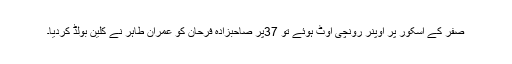
صفر کے اسکور پر اوپنر رونچی آؤٹ ہوئے تو 37پر صاحبزادہ فرحان کو عمران طاہر نے کلین بولڈ کردیا۔